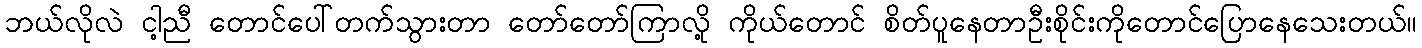
ဘယ်လိုလဲ ငါ့ညီ တောင်ပေါ်တက်သွားတာ တော်တော်ကြာလို့ ကိုယ်တောင် စိတ်ပူနေတာဦးစိုင်းကိုတောင်ပြောနေသေးတယ်။